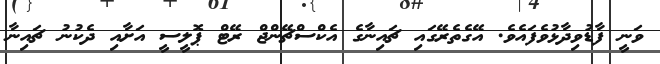
ވަނީ ފާޑުވިދާޅުވެފައެވެ. އޭގެތެރޭގައި ޗައިނާގެ އެކްސްޗޭންޖް ރޭޓް ޕޮލީސީ އަށާއި ދެކުނު ޗައިނާ